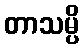
တာသမ္ပိ